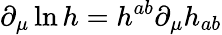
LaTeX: \partial_{\mu}\ln h=h^{ab}\partial_{\mu}h_{ab}